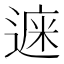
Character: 𨕁